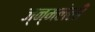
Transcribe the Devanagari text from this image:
ज्न्मलेली